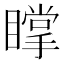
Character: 𥋇